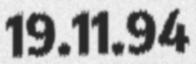
19.11.94